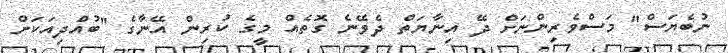
ނުބެޔަސް" މަސްވެރިންނަށް ދޭ އިނާޔަތް ދެވޭނެ ގޮތެއް މީގެ ކުރިން އޭނާގެ "ބުއްދިއަކަށް